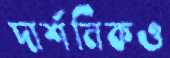
দার্শনিকও